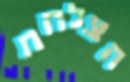
הצלחת